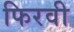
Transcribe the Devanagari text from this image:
फिरवी